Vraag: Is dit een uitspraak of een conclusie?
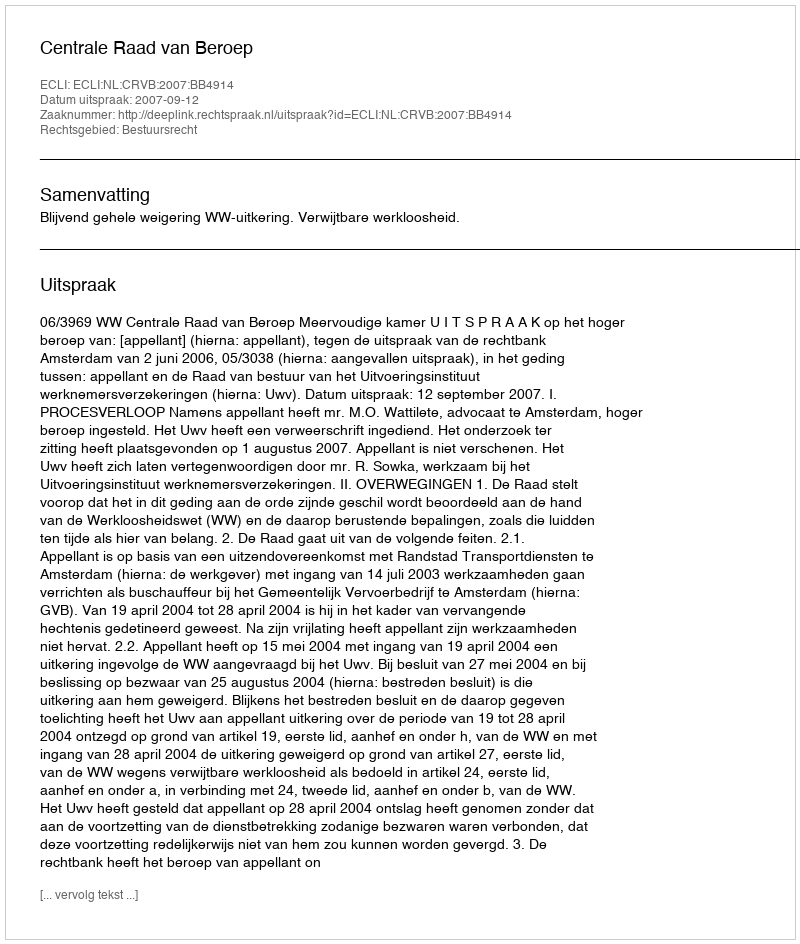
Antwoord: Uitspraak